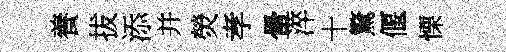
養拔添并熒孝暈淬十驚偃慄